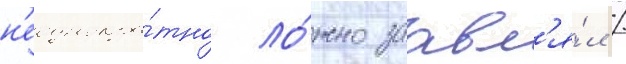
н'еоднокра́тно ло́жно заавл'я́л /